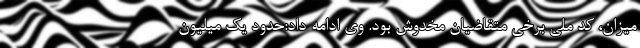
میزان، کد ملی برخی متقاضیان مخدوش بود. وی ادامه داد:حدود یک میلیون